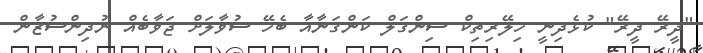
"ދީރޭ ދީރޭ" ކުޅެދިނީ ހިލޭރިތިކް ސިންގަލް ކަންގަނާއާ ބެހޭ ސުވާލަށް ޖަވާބެއް ނުދިންސުޒާން